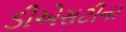
ડીએસટીના